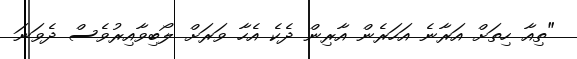
"ތިއާ ހިތަށް އަރާނެ އަހަރެން އާރިން ދެކެ އެހާ ވަރަށް ލޯބިވާއިރުވެސް ދެވަނަ